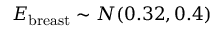
E _ { \mathrm { b r e a s t } } \sim N ( 0 . 3 2 , 0 . 4 )